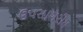
ઉપસાગરીય